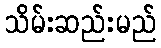
သိမ်းဆည်းမည်